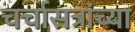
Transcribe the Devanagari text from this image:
चर्चासत्रांच्या